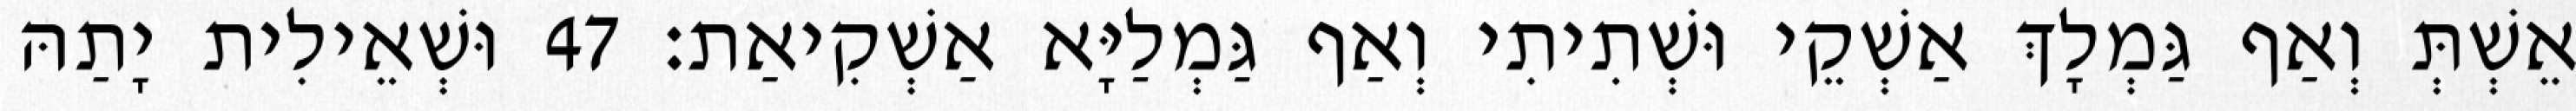
אֵשְׁתְּ וְאַף גַּמְלָךְ אַשְׁקֵי וּשְׁתִיתִי וְאַף גַּמְלַיָּא אַשְׁקִיאַת׃ 47 וּשְׁאֵילִית יָתַהּ